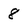
Character: 8